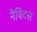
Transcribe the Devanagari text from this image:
नैविटस